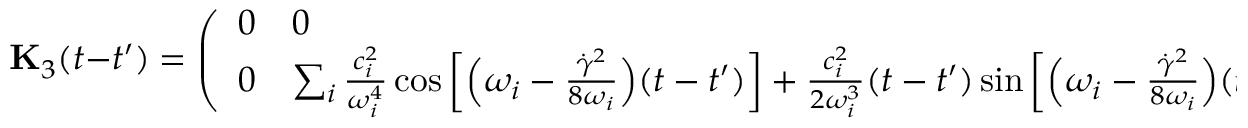
\mathbf { { K } } _ { 3 } ( t - t ^ { \prime } ) = \left( \begin{array} { l l } { 0 } & { 0 } \\ { 0 } & { \sum _ { i } \frac { c _ { i } ^ { 2 } } { \omega _ { i } ^ { 4 } } \cos \left[ \Bigl ( \omega _ { i } - \frac { \dot { \gamma } ^ { 2 } } { 8 \omega _ { i } } \Bigr ) ( t - t ^ { \prime } ) \right] + \frac { c _ { i } ^ { 2 } } { 2 \omega _ { i } ^ { 3 } } ( t - t ^ { \prime } ) \sin \left[ \Bigl ( \omega _ { i } - \frac { \dot { \gamma } ^ { 2 } } { 8 \omega _ { i } } \Bigr ) ( t - t ^ { \prime } ) \right] } \end{array} \right)